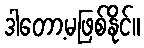
ဒါတော့မဖြစ်နိုင်။